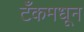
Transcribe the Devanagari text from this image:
टँकमधून